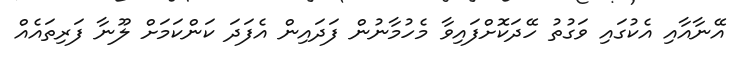
އޭނާއާއި އެކުގައި ވަގުތު ހޭދަކޮށްފައިވާ މެހުމާނުން ފަދައިން އެފަދަ ކަންކަމަށް ލޫނާ ފަރިތައެއް